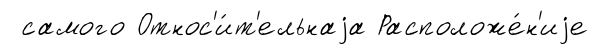
самого Относ'и́т'ельнаjа Расположе́н'иjе